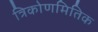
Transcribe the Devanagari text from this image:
त्रिकोणमितिक